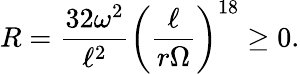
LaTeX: R=\frac{32\omega^{2}}{\ell^{2}}\left(\frac{\ell}{r\Omega}\right)^{18}\ge 0.